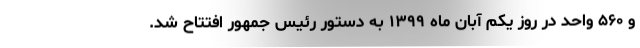
و ۵۶۰ واحد در روز یکم آبان ماه ۱۳۹۹ به دستور رئیس جمهور افتتاح شد.